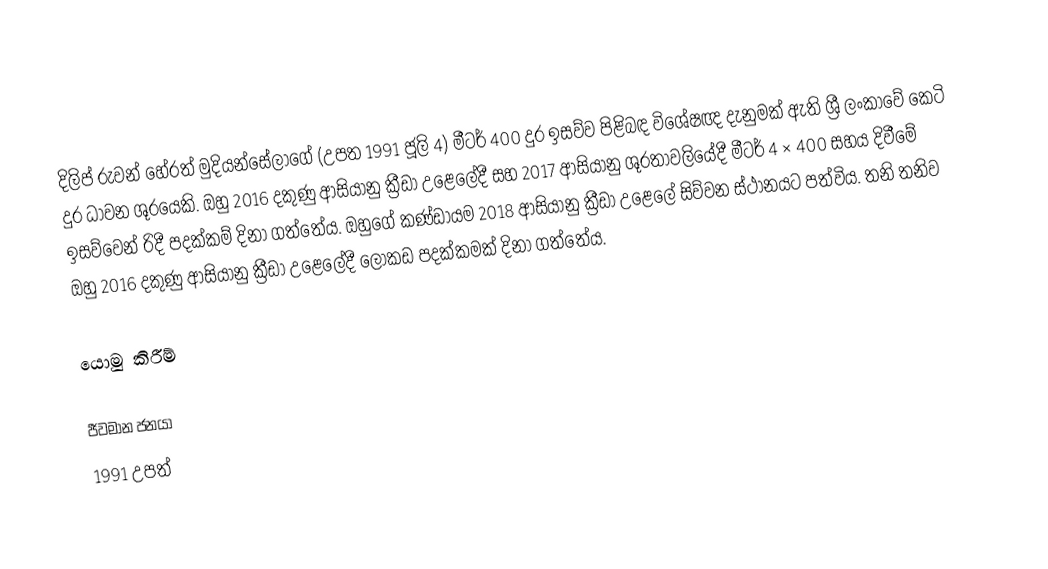
දිලිප් රුවන් හේරත් මුදියන්සේලාගේ (උපත 1991 ජූලි 4) මීටර් 400 දුර ඉසව්ව පිළිබඳ විශේෂඥ දැනුමක් ඇති ශ්‍රී ලංකාවේ කෙටි දුර ධාවන ශූරයෙකි. ඔහු 2016 දකුණු ආසියානු ක්‍රීඩා උළෙලේදී සහ 2017 ආසියානු ශූරතාවලියේදී මීටර් 4 × 400 සහය දිවීමේ ඉසව්වෙන් රිදී පදක්කම් දිනා ගත්තේය. ඔහුගේ කණ්ඩායම 2018 ආසියානු ක්‍රීඩා උළෙලේ සිව්වන ස්ථානයට පත්විය. තනි තනිව ඔහු 2016 දකුණු ආසියානු ක්‍රීඩා උළෙලේදී ලෝකඩ පදක්කමක් දිනා ගත්තේය.

යොමු කිරීම්

ජීවමාන ජනයා
1991 උපත්